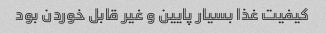
کیفیت غذا بسیار پایین و غیر قابل خوردن بود